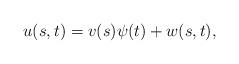
LaTeX: \begin{align*}u(s,t)=v(s)\psi(t)+w(s,t),\end{align*}